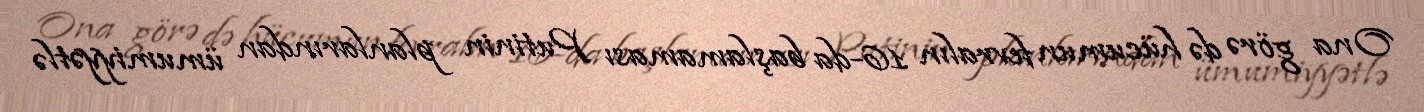
Ona görə də hücumun fevralın 16-da başlamaması Putinin planlarından ümumiyyətlə